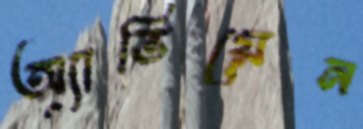
অ্যাভিয়েন